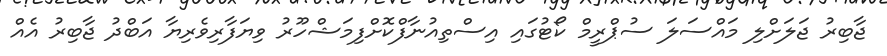
ޖާބިރު ޖަލަށްލި މައްސަލަ ސުޕްރީމް ކޯޓުގައި އިސްތިއުނާފްކޮށްފިމަޝްހޫރު ވިޔަފާރިވެރިޔާ އަބްދު ޖާބިރު އެއް